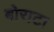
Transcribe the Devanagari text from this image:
बोराटा